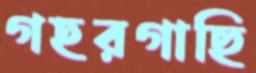
গহরগাছি